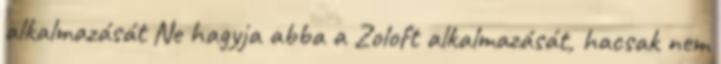
alkalmazását Ne hagyja abba a Zoloft alkalmazását, hacsak nem